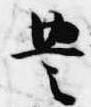
豊